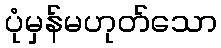
ပုံမှန်မဟုတ်သော